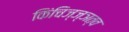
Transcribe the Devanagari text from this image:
किंचिज्ज्ञत्व